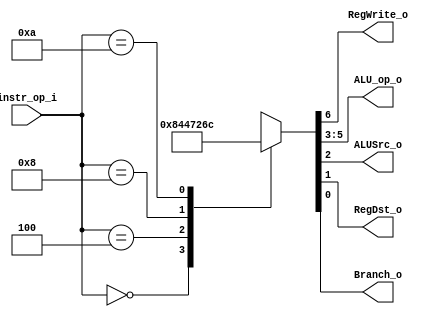
//Subject:     CO project 2 - Decoder
//--------------------------------------------------------------------------------
//Version:     1
//--------------------------------------------------------------------------------
//Writer:      109550182
//----------------------------------------------
//----------------------------------------------
//Description: 
//--------------------------------------------------------------------------------
`timescale 1ns/1ps
module Decoder (instr_op_i, RegWrite_o, ALU_op_o, ALUSrc_o, RegDst_o, Branch_o);
     
//I/O ports
input  [6-1:0] instr_op_i;

output         RegWrite_o;
output [3-1:0] ALU_op_o;
output         ALUSrc_o;
output         RegDst_o;
output         Branch_o;
 
//Internal Signals
reg    [3-1:0] ALU_op_o;
reg            ALUSrc_o;
reg            RegWrite_o;
reg            RegDst_o;
reg            Branch_o;

//Main function
always @(*) begin
	case (instr_op_i)
		// R-Type operations
		6'b000000: { RegWrite_o, ALU_op_o, ALUSrc_o, RegDst_o, Branch_o } <= 7'b1000010;
		// beq
		6'b000100: { RegWrite_o, ALU_op_o, ALUSrc_o, RegDst_o, Branch_o } <= 7'b0010001;
		// addi
		6'b001000: {RegWrite_o, ALU_op_o, ALUSrc_o, RegDst_o, Branch_o} <= 7'b1100100;
		// slti
		6'b001010: {RegWrite_o, ALU_op_o, ALUSrc_o, RegDst_o, Branch_o} <= 7'b1101100;
		// default
		default: {RegWrite_o, ALU_op_o, ALUSrc_o, RegDst_o, Branch_o} <= 7'bxxxxxxx;
	endcase
end

endmodule